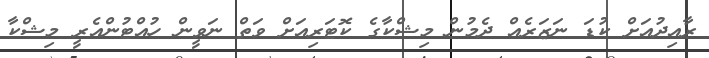
ރާއިދުއަށް ކުޑަ ނަޒަރެއް ދެމުން މިޝްކާގެ ކޮޓަރިއަށް ވަތް ނަވީން ހުއްޓުންއެރީ މިޝްކާ